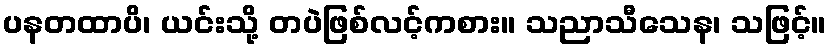
ပနတထာပိ၊ ယင်းသို့ တပဲဖြစ်လင့်ကစား။ သညာသီသေန၊ သဖြင့်။